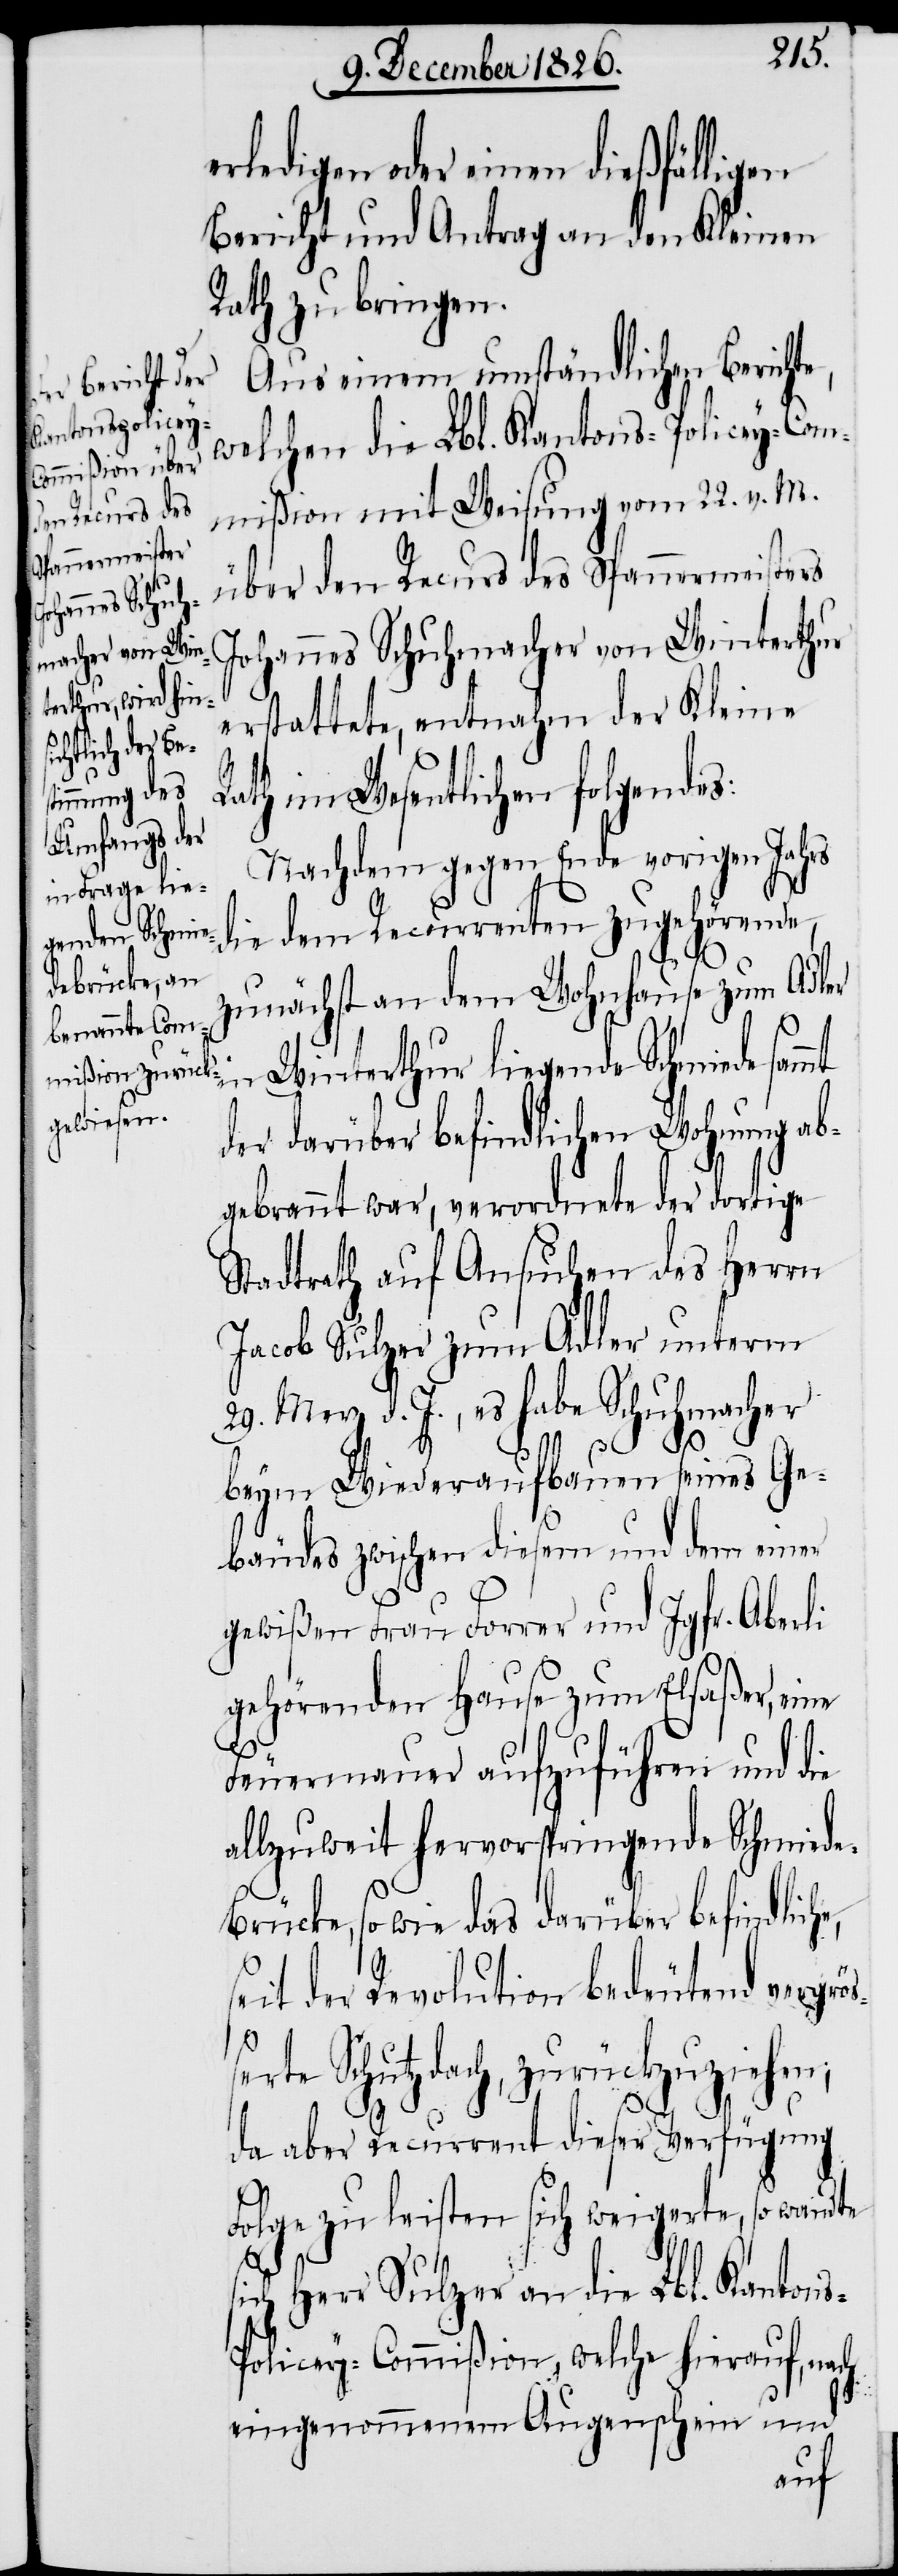
erledigen oder einen dießfälligen
Bericht und Antrag an den Kleinen
Rath zu bringen.
Aus einem umständlichen Berichte,
welchen die Lbl. Kantons-Policey-Com¬
mißion mit Weisung vom 22. v. M.
über den Recurs des Spannermeisters
Johannes Schuhmacher von Winterthur
erstattete, entnahm der Kleine
Rath im Wesentlichen folgendes:
Nachdem gegen Ende vorigen Jahrs
die dem Recurrenten zugehörende,
zunächst an dem Wohnhause zum Adler
in Winterthur liegende Schmiede sammt
der darüber befindlichen Wohnung ab¬
gebrannt war, verordnete der dortige
Stadtrath auf Ansuchen des Herrn
Jacob Sulzer zum Adler unterm
29. Merz d. J., es habe Schuhmacher
s¬
s-P¬
beym Wiederaufbauen seines Ge¬
bäudes zwischen diesem und dem einer
gewißen Frau Forrer und Jgfr. Oberli
gehörenden Hause zum Elsaßer, eine
Feuermauer aufzuführen und die
allzuweit hervorspringende Schmied¬
rücke, so wie das darüber befindliche,
seit der Revolution bedeutend vergröß¬
erte Schutzdach, zurückzuziehen;
da aber Recurrent dieser Verfügung
Folge zu leisten sich weigerte, so wandte
ich Herr Sulzer an die Lbl. Kanton¬
olicey-Commißion, welche hierauf, nach
eingenommenem Augenschein und